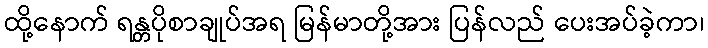
ထို့နောက် ရန္တပိုစာချုပ်အရ မြန်မာတို့အား ပြန်လည် ပေးအပ်ခဲ့ကာ၊